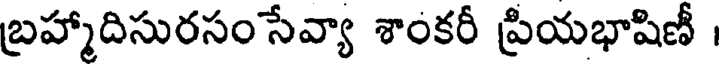
బ్రహ్మాదిసురసంసేవ్యా శాంకరీ ప్రియభాషిణీ